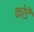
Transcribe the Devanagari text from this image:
कोडै